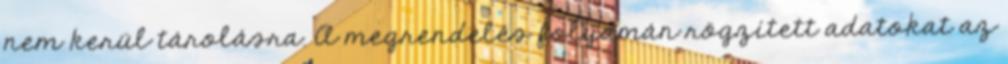
nem kerül tárolásra. A megrendelés folyamán rögzített adatokat az